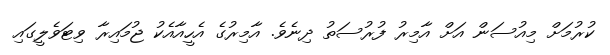
ކުރުމަށް މިއުސަން އަށް އާމިރު ފުރުސަތު ދިނެވެ. އާމިރުގެ އެހީއާއެކު ޖުމައިރާ ވިޓަވެލީގައި